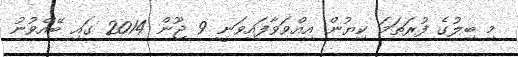
މި ބިލުގެ ފުރަތަމަ ކިޔުން އިއްވަވާފައިވަނީ 9 ޖޫން 2014 ގައި ބޭއްވުނު